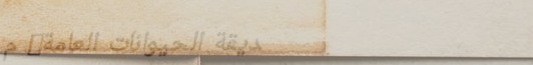
حديقة الحيوانات العامة: م